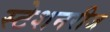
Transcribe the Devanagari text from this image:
स्टेशनरीज